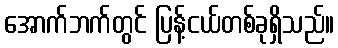
အောက်ဘက်တွင် ပြန့်ငယ်တစ်ခုရှိသည်။